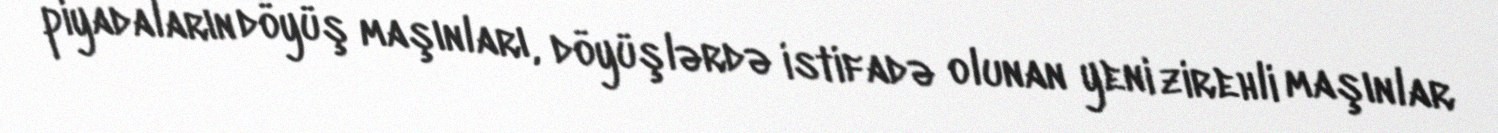
piyadaların döyüş maşınları, döyüşlərdə istifadə olunan yeni zirehli maşınlar